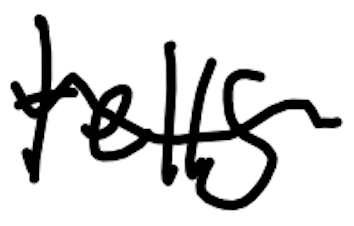
Text: tells
Cross-out: wave
Writing tool: digital_black